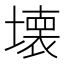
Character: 壊